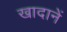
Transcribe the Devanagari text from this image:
खादानें